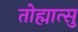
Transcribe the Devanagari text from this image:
तोह्मात्सु